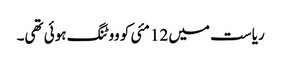
ریاست میں 12 مئی کو ووٹنگ ہوئی تھی۔